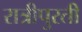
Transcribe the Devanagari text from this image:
रात्रीपुरती